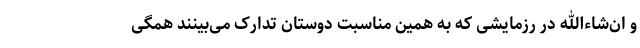
و ان‌شاءالله در رزمایشی که به همین مناسبت دوستان تدارک می‌بینند همگی